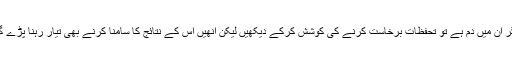
اگر اُن میں دم ہے تو تحفظات برخاست کرنے کی کوشش کرکے دیکھیں لیکن اُنھیں اِس کے نتائج کا سامنا کرنے بھی تیار رہنا پڑے گا۔